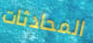
المحادثات